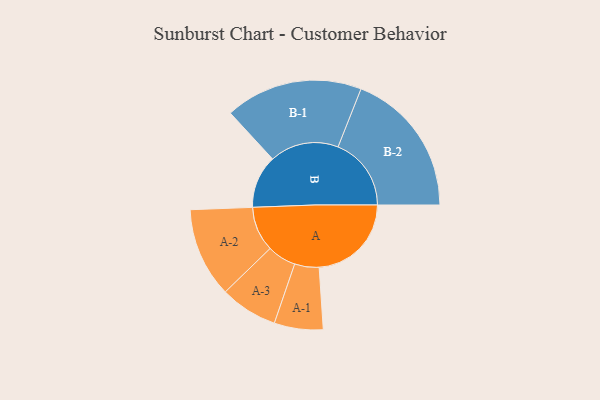
{"axis": {"x": "Segment", "y": "Value"}, "legend": ["", "A", "B"], "data": [{"x": "A", "y": 378, "type": ""}, {"x": "B", "y": 217, "type": ""}, {"x": "A-1", "y": 100, "type": "A"}, {"x": "A-2", "y": 184, "type": "A"}, {"x": "A-3", "y": 118, "type": "A"}, {"x": "B-1", "y": 282, "type": "B"}, {"x": "B-2", "y": 300, "type": "B"}]}